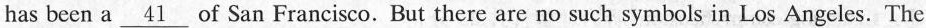
has been a\underline{41} of San Francisco. But there are no such symbols in Los Angeles. The